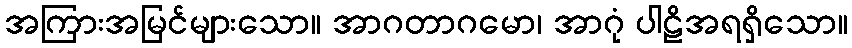
အကြားအမြင်များသော။ အာဂတာဂမော၊ အာဂုံ ပါဠိအရရှိသော။